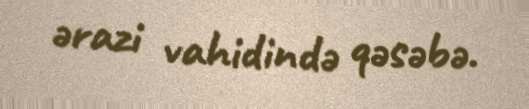
ərazi vahidində qəsəbə.